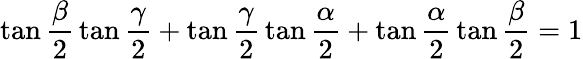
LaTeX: \tan{\frac{\beta}{2}}\tan{\frac{\gamma}{2}}+\tan{\frac{\gamma}{2}}\tan{\frac{\alpha}{2}}+\tan{\frac{\alpha}{2}}\tan{\frac{\beta}{2}}=1